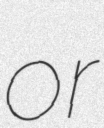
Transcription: or